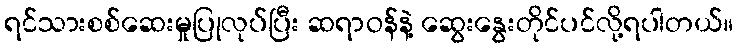
ရင်သားစစ်ဆေးမှုပြုလုပ်ပြီး ဆရာဝန်နဲ့ ဆွေးနွေးတိုင်ပင်လို့ရပါတယ်။